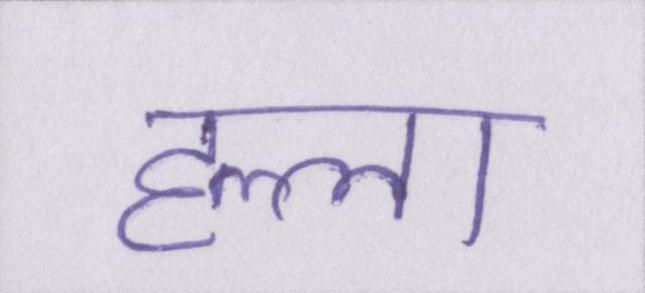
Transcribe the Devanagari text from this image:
हल्ला